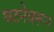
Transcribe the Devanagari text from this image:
घटनेवरून